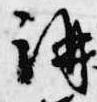
講